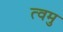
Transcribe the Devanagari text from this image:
त्वमु